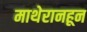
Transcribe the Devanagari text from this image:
माथेरानहून